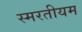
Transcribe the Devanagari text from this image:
स्मरतीयम